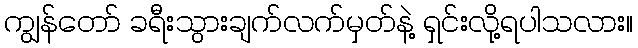
ကျွန်တော် ခရီးသွားချက်လက်မှတ်နဲ့ ရှင်းလို့ရပါသလား။